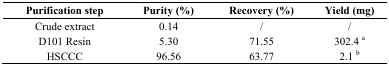
<table><thead><tr><td><b>Purification step</b></td><td><b>Purity (%)</b></td><td><b>Recovery (%)</b></td><td><b>Yield (mg)</b></td></tr></thead><tbody><tr><td>Crude extract</td><td>0.14</td><td>/</td><td>/</td></tr><tr><td>D101 Resin</td><td>5.30</td><td>71.55</td><td>302.4 a</td></tr><tr><td>HSCCC</td><td>96.56</td><td>63.77</td><td>2.1 b</td></tr></tbody></table>